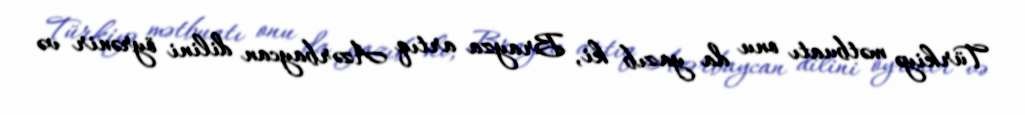
Türkiyə mətbuatı onu da yazıb ki, Brayza artıq Azərbaycan dilini öyrənir və